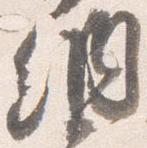
納